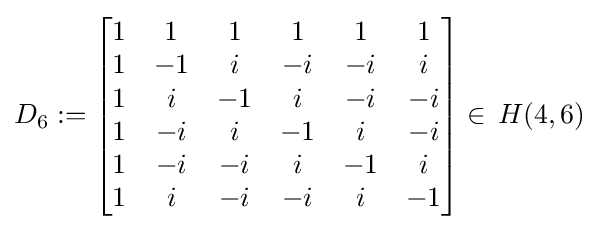
D_{6}:={\begin{bmatrix}1&1&1&1&1&1\\1&-1&i&-i&-i&i\\1&i&-1&i&-i&-i\\1&-i&i&-1&i&-i\\1&-i&-i&i&-1&i\\1&i&-i&-i&i&-1\\\end{bmatrix}}\in \,H(4,6)